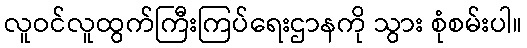
လူဝင်လူထွက်ကြီးကြပ်ရေးဌာနကို သွား စုံစမ်းပါ။